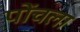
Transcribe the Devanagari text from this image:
पोंचला